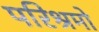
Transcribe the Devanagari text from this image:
परिश्रमो